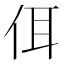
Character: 佴